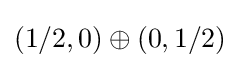
(1/2,0)\oplus (0,1/2)